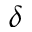
\delta